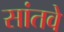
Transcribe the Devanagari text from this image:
सांतवे